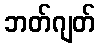
ဘတ်ဂျတ်